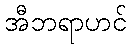
အီဘရာဟင်